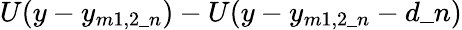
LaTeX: U(y-y_{m1,2\_ n})-U(y-y_{m1,2\_ n}-d\_ n)